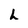
Character: h